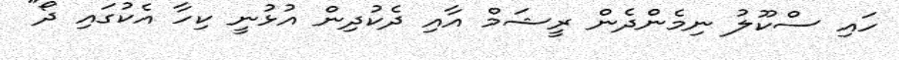
ހައި ސްކޫލު ނިމެންދެން ރީޝަމް އާއި ދެކުދިން އުޅުނީ ކިހާ އެކުގައި ދޯ"